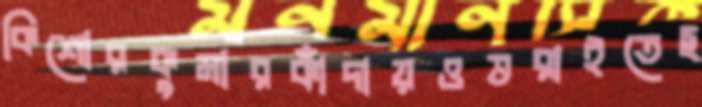
কিশোরকুমারকাঁদায়ওভরাইতেছ